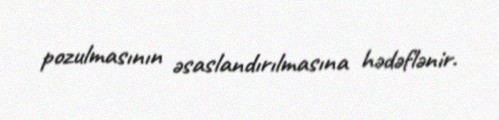
pozulmasının əsaslandırılmasına hədəflənir.